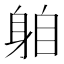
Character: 𨈻